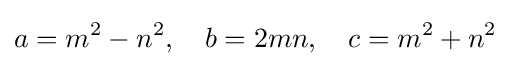
a=m^{2}-n^{2},\quad b=2mn,\quad c=m^{2}+n^{2}